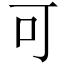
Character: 可